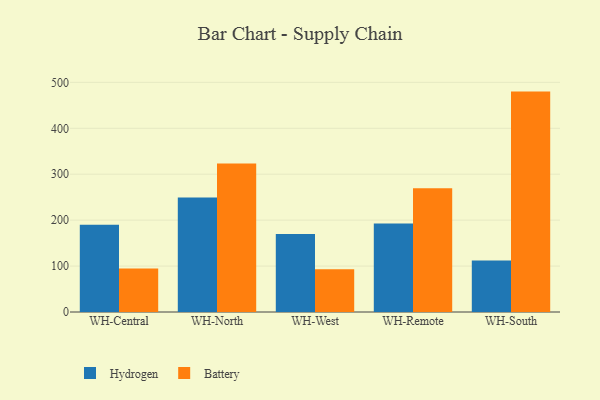
{"axis": {"x": "Warehouse", "y": "Latency (ms)"}, "legend": ["Battery", "Hydrogen"], "data": [{"x": "WH-Central", "y": 189.8, "type": "Hydrogen"}, {"x": "WH-Central", "y": 94.6, "type": "Battery"}, {"x": "WH-North", "y": 249.5, "type": "Hydrogen"}, {"x": "WH-North", "y": 323.3, "type": "Battery"}, {"x": "WH-West", "y": 169.7, "type": "Hydrogen"}, {"x": "WH-West", "y": 93.0, "type": "Battery"}, {"x": "WH-Remote", "y": 192.8, "type": "Hydrogen"}, {"x": "WH-Remote", "y": 269.2, "type": "Battery"}, {"x": "WH-South", "y": 111.9, "type": "Hydrogen"}, {"x": "WH-South", "y": 479.9, "type": "Battery"}]}